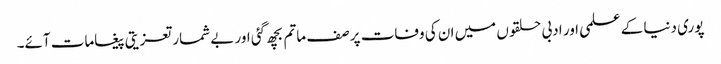
پوری دنیا کے علمی اور ادبی حلقوں میں ان کی وفات پر صف ماتم بچھ گئی اور بے شمار تعزیتی پیغامات آئے۔